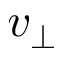
v _ { \perp }